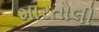
મારતોલી